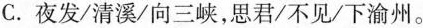
C.夜发/清溪/向三峡，思君/不见/下渝州。